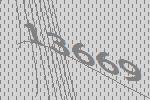
13669